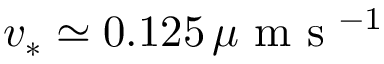
v _ { * } \simeq 0 . 1 2 5 \, \mu \mathrm { ~ m ~ s ~ } ^ { - 1 }